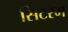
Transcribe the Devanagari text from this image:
सिटरम